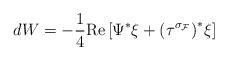
LaTeX: \begin{align*}dW = -\frac{1}{4} \mathrm{Re}\left[\Psi^* \xi + {(\tau^{\sigma_{\cal F}})}^* \xi\right]\end{align*}